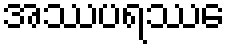
အဿပရဿေ